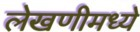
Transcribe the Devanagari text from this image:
लेखणीमध्ये